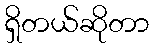
ရှိတယ်ဆိုတာ